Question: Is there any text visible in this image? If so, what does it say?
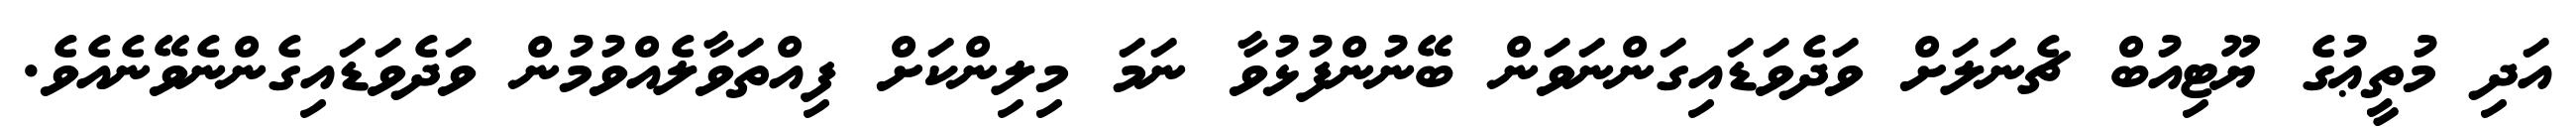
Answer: އަދި މުތީޢުގެ ޔޫޓިއުބް ޗެނަލަށް ވަދެވަޑައިގަންނަވަން ބޭނުންފުޅުވާ ނަމަ މިލިންކަށް ފިއްތަވާލެއްވުމުން ވަދެވަޑައިގެންނެވޭނެއެވެ.